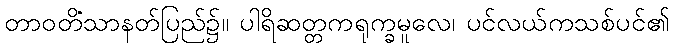
တာဝတိံသာနတ်ပြည်၌။ ပါရိဆတ္တကရုက္ခမူလေ၊ ပင်လယ်ကသစ်ပင်၏